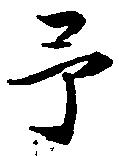
予